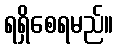
ရရှိစေရမည်။